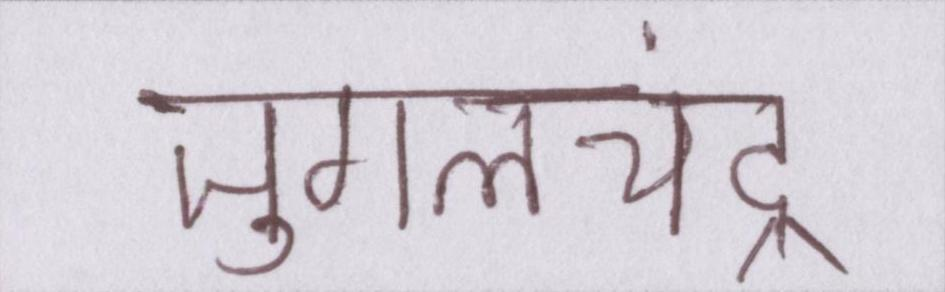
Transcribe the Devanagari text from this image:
जुगलचंद्र